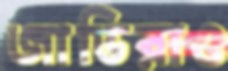
জাভিরাও